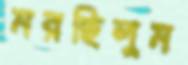
মরছিলুম